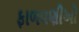
ફાળવણીઓ